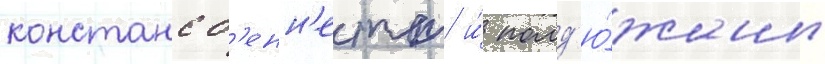
констанс б'енн'етт и́ полд'ю́жины